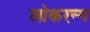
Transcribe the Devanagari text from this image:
लोकरन्ग